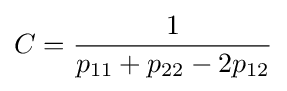
C={\frac {1}{p_{11}+p_{22}-2p_{12}}}